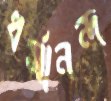
ধর্মানন্দ